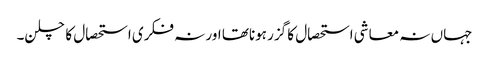
جہاں نہ معاشی استحصال کا گزر ہوناتھا اور نہ فکری استحصال کا چلن۔